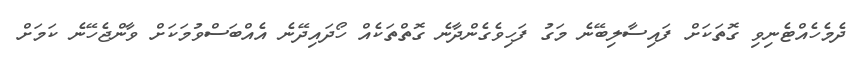
ދެމެހެއްޓެނިވި ގޮތަކަށް ފައިސާލިބޭނެ މަގު ފަހިވެގެންދާނެ ގޮތްތަކެއް ހޯދައިދޭނެ އެއްބަސްވުމަކަށް ވާންޖެހޭނެ ކަމަށް